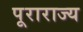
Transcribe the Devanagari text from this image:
पूराराज्य